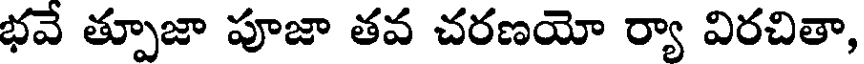
భవే త్పూజా పూజా తవ చరణయో ర్యా విరచితా,